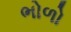
ભોળો